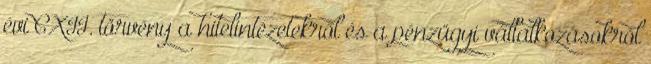
évi CXII. törvény a hitelintézetekről és a pénzügyi vállalkozásokról